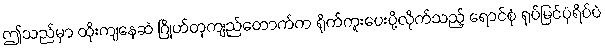
ဤသည်မှာ ထိုးကျနေဆဲ ဂြိုဟ်တုကျည်တောက်က ရိုက်ကူးပေးပို့လိုက်သည့် ရောင်စုံ ရုပ်မြင်ပုံရိပ်ပဲ